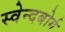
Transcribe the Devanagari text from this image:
स्वेन्दबोर्ग